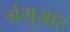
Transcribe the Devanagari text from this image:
गंगुआर